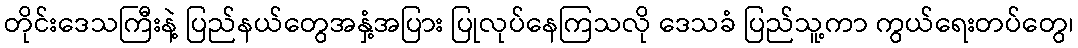
တိုင်းဒေသကြီးနဲ့ ပြည်နယ်တွေအနှံ့အပြား ပြုလုပ်နေကြသလို ဒေသခံ ပြည်သူ့ကာ ကွယ်ရေးတပ်တွေ၊